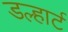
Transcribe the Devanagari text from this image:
डल्हार्ट